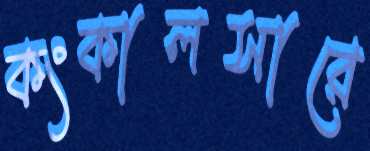
কংকালসারে